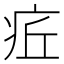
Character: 𤵢